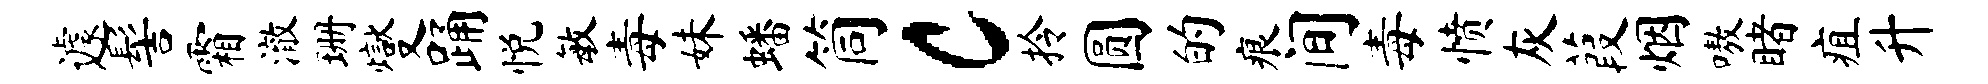
遽髻霜澈珊燮踊悦敏毒妹蟠筒c拎圆的痕间毒愤灰葭烟嗷睹疽升